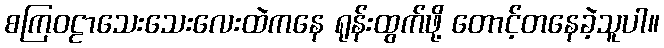
စကြဝဠာသေးသေးလေးထဲကနေ ရုန်းထွက်ဖို့ တောင့်တနေခဲ့သူပါ။